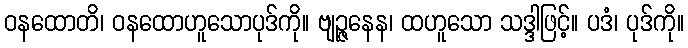
ဝနထောတိ၊ ဝနထောဟူသောပုဒ်ကို။ ဗျဉ္ဇနေန၊ ထဟူသော သဒ္ဒါဖြင့်။ ပဒံ၊ ပုဒ်ကို။